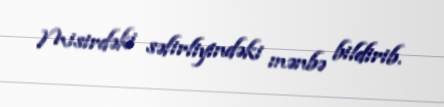
Misirdəki səfirliyindəki mənbə bildirib.